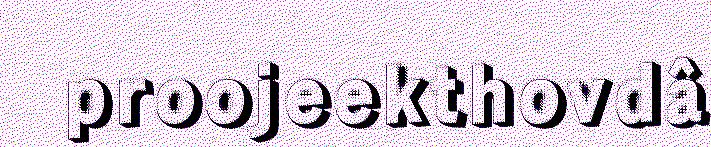
proojeekthovdâ